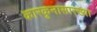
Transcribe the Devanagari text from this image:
कारकुनासारख्या